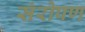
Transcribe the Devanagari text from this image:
संरोपण